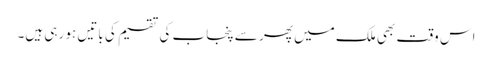
اس وقت بھی ملک میں پھر سے پنجاب کی تقسیم کی باتیں ہو رہی ہیں۔